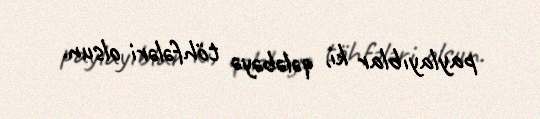
paylayıblar ki, qələbəyə töhfələri olsun.